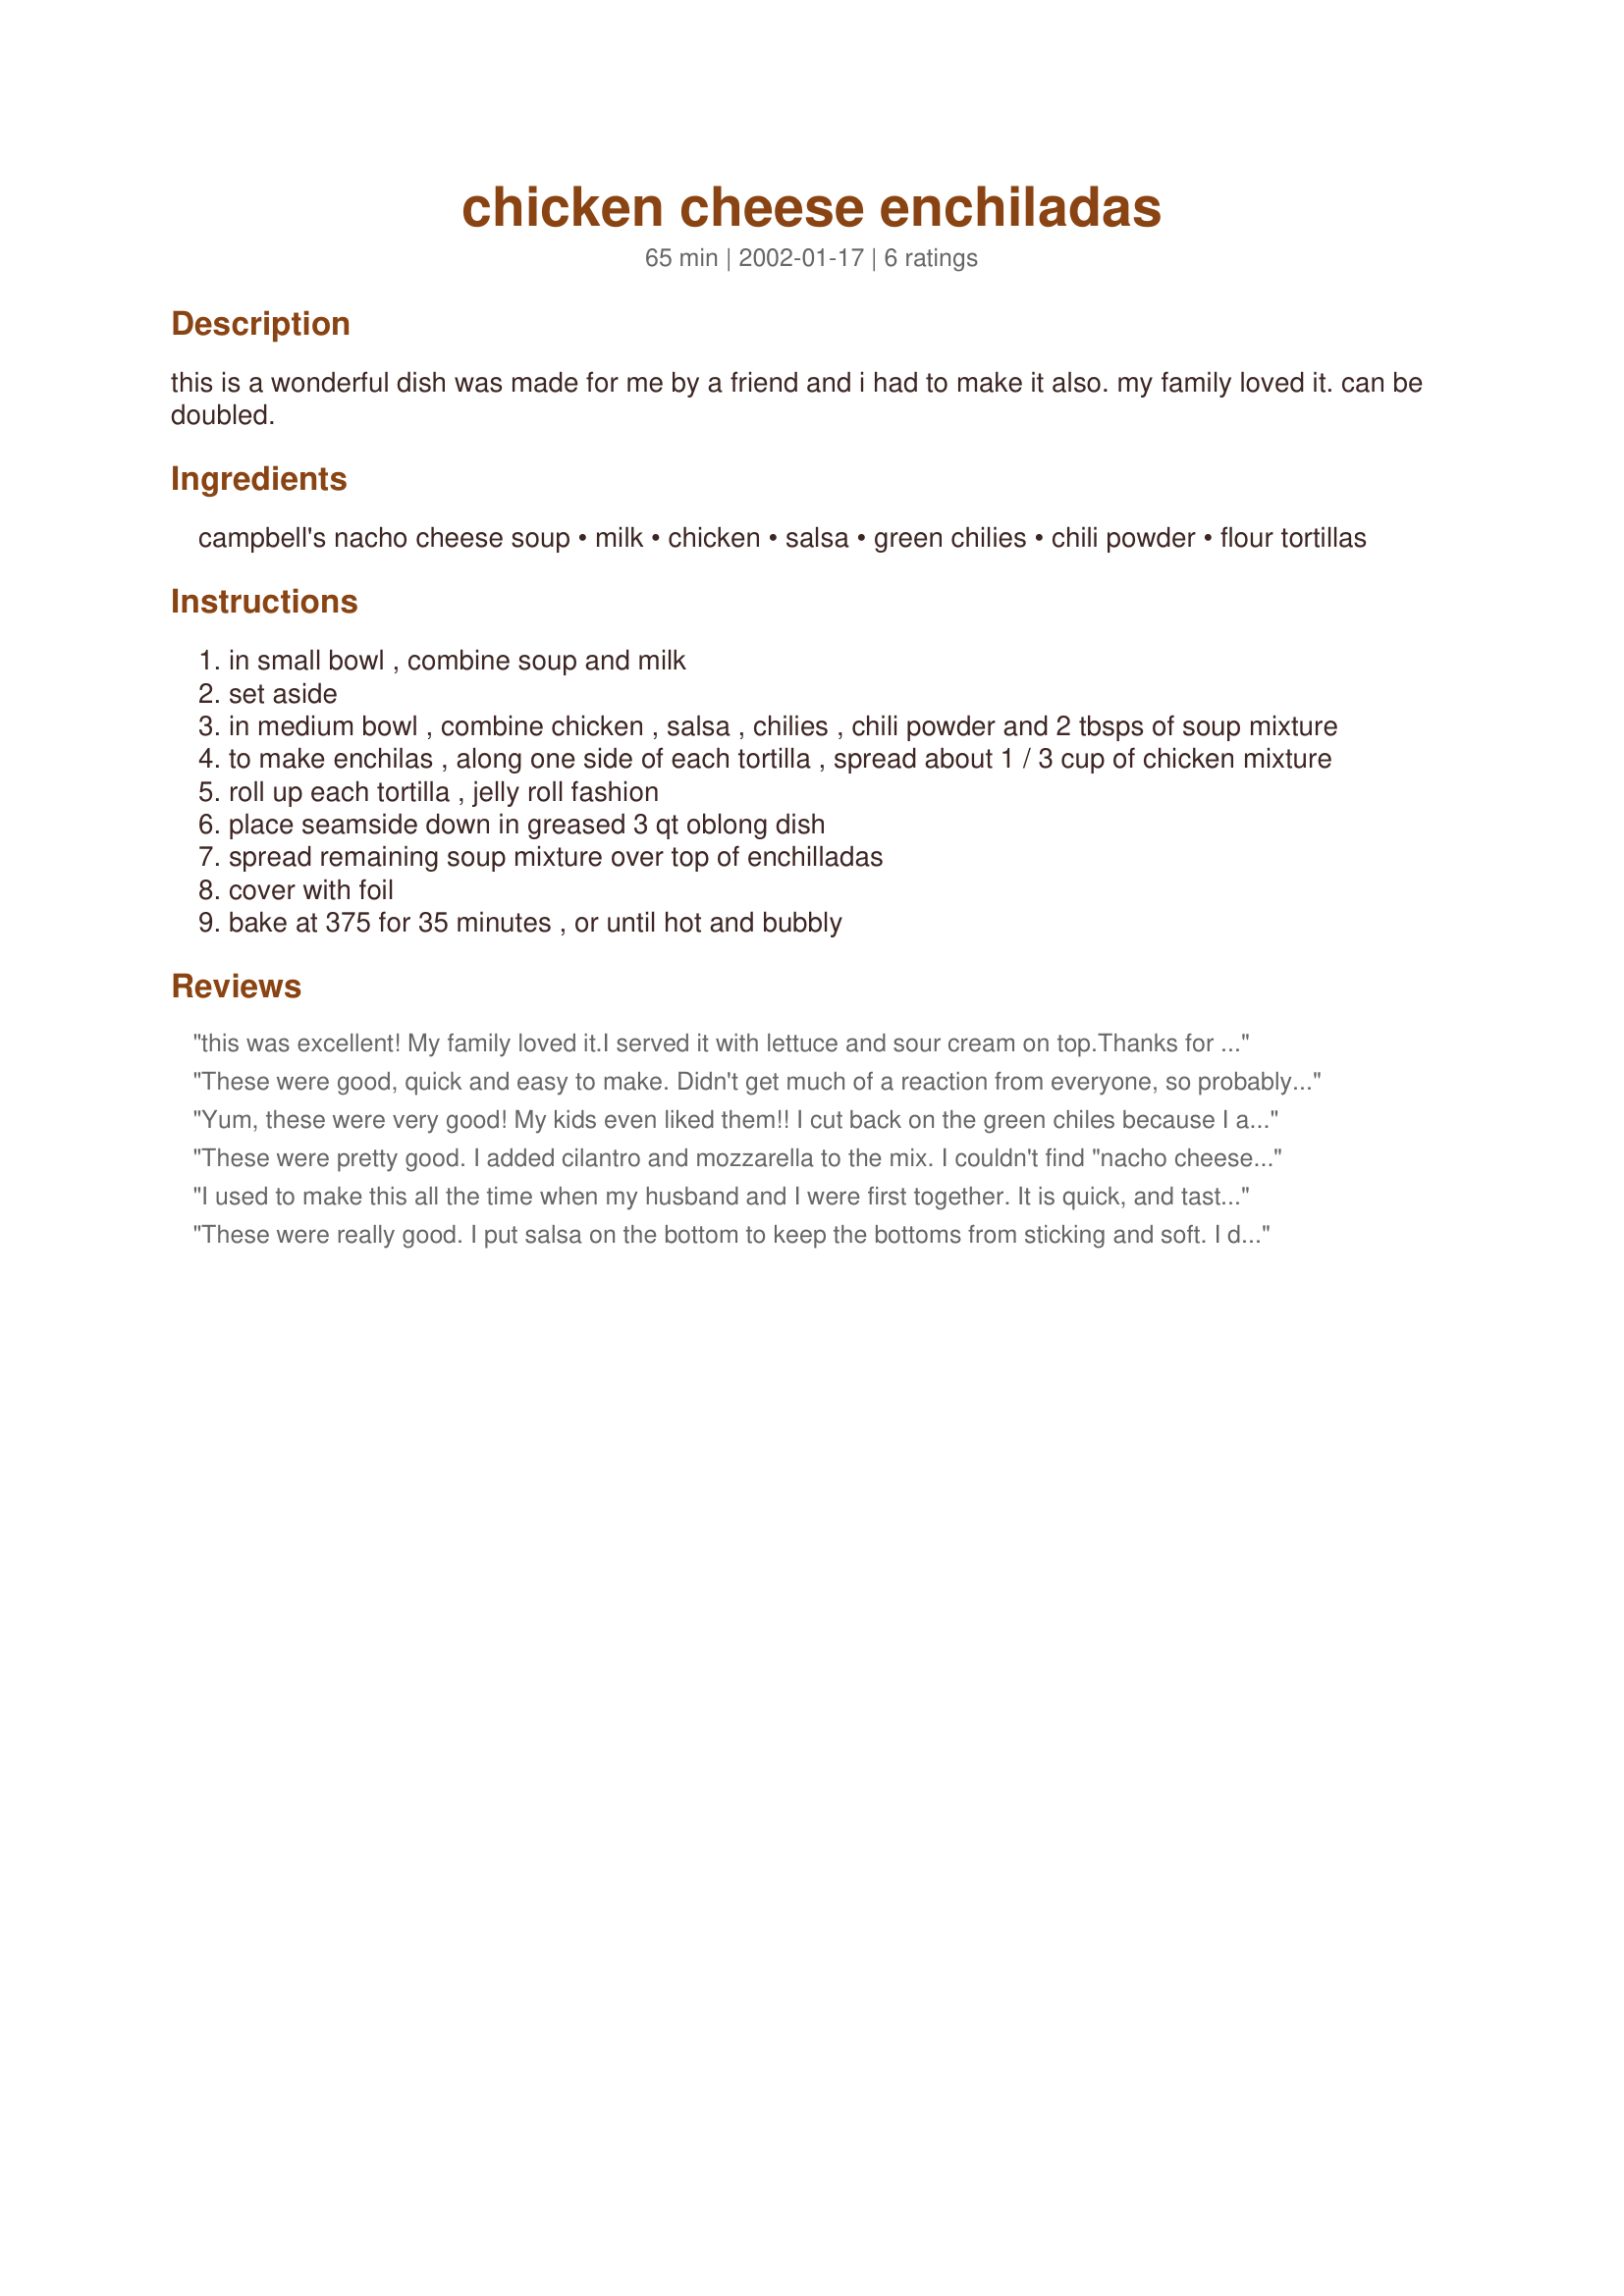
chicken cheese enchiladas
Preparation time: 65 minutes

this is a wonderful dish was made for me by a friend and i had to make it also. my family loved it. can be doubled.

Ingredients:
campbell's nacho cheese soup, milk, chicken, salsa, green chilies, chili powder, flour tortillas

Steps:
in small bowl , combine soup and milk
set aside
in medium bowl , combine chicken , salsa , chilies , chili powder and 2 tbsps of soup mixture
to make enchilas , along one side of each tortilla , spread about 1 / 3 cup of chicken mixture
roll up each tortilla , jelly roll fashion
place seamside down in greased 3 qt oblong dish
spread remaining soup mixture over top of enchilladas
cover with foil
bake at 375 for 35 minutes , or until hot and bubbly

Reviews:
this was excellent! My family loved it.I served it with lettuce and sour cream on top.Thanks for sharing...
These were good, quick and easy to make. Didn't get much of a reaction from everyone, so probably won't make again, but glad I tried it.
Yum, these were very good! My kids even liked them!! I cut back on the green chiles because I am not a huge fan of them. Thanks for sharing!
These were pretty good. I added cilantro and mozzarella to the mix. I couldn't find "nacho cheese soup" so I just used "cheddar soup". My BF liked them, and they were great for a quick fix.
I used to make this all the time when my husband and I were first together. It is quick, and tastes great! I use canned chicken sometimes to make it a fast weeknight meal. I had lost the book the recipe was in, so I'm so glad I found this on here! Made it again tonight and it's just as good as I remember! Thanks for the great recipe!!
These were really good. I put salsa on the bottom to keep the bottoms from sticking and soft. I didn't use chili powder as my homemade salsa is pretty hot and I added an extra cup of chicken. This only made 5 for us ... however they were pretty fat.
